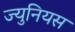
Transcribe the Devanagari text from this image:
ज्युनियस